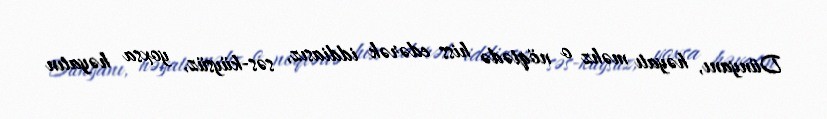
Dünyanı, həyatı məhz o nöqtədə hiss edərək iddiasız, səs-küysüz, yoxsa həyatın